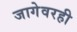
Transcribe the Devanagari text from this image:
जागेवरही